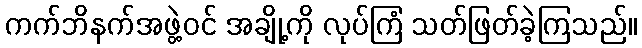
ကက်ဘိနက်အဖွဲ့ဝင် အချို့ကို လုပ်ကြံ သတ်ဖြတ်ခဲ့ကြသည်။